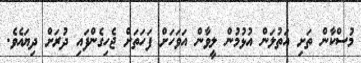
މުސްކާން ތަށި އަތުލަން އުޅުމުން ލީވާން އަވަހަށް ފަހަތަށް ޖެހިގެންފައި ދުރަށް ދިޔައެވެ.